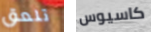
تلعق كاسيوس